Annual report of the Punjab Veterinary College and of the Civil Veterinary Department, Punjab - 1926-1932
Year: 1926
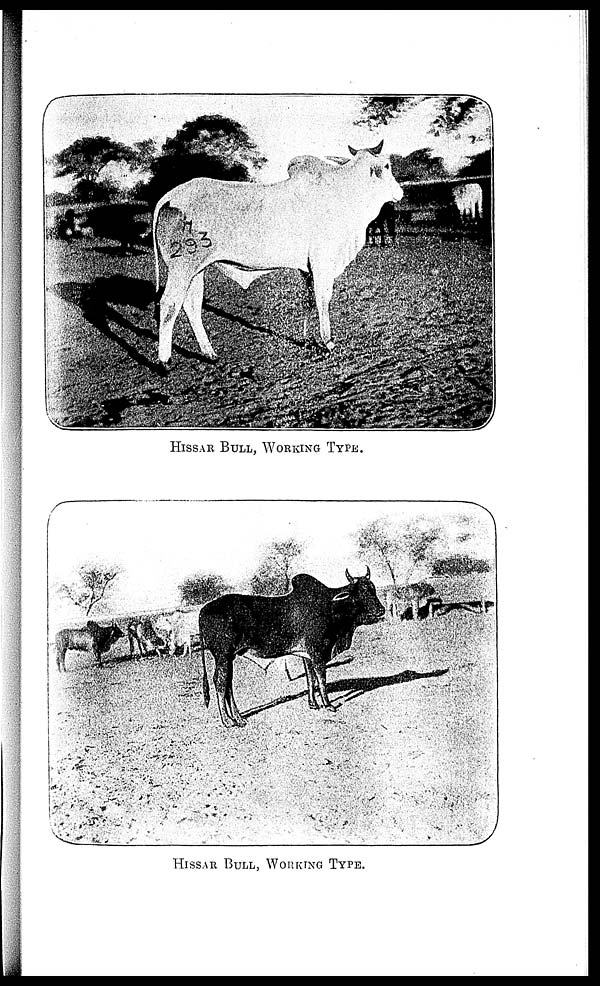
HISSAR BULL, WORKING TYPE.
HISSAR BULL, WORKING TYPE.